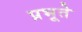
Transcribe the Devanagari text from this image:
प्रभूते